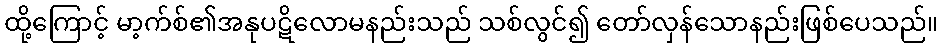
ထို့ကြောင့် မာ့က်စ်၏အနုပဋိလောမနည်းသည် သစ်လွင်၍ တော်လှန်သောနည်းဖြစ်ပေသည်။